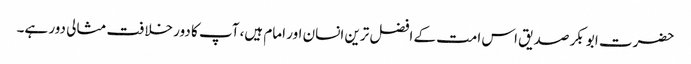
حضرت ابو بکر صدیق اس امت کے افضل ترین انسان اور امام ہیں، آپ کا دور خلافت مثالی دور ہے۔